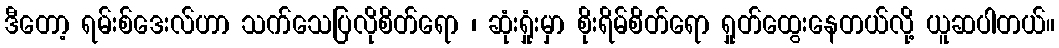
ဒီတော့ ရမ်းစ်ဒေးလ်ဟာ သက်သေပြလိုစိတ်ရော ၊ ဆုံးရှုံးမှာ စိုးရိမ်စိတ်ရော ရှုတ်ထွေးနေတယ်လို့ ယူဆပါတယ်။